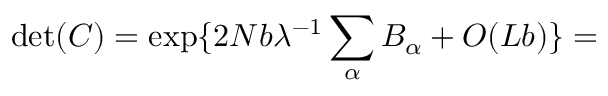
\operatorname * { d e t } ( C ) = \exp \{ 2 N b \lambda ^ { - 1 } \sum _ { \alpha } B _ { \alpha } + O ( L b ) \} =